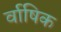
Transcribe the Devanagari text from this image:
र्वाषिक